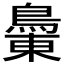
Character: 𪂝